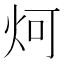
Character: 炣